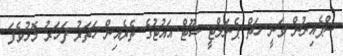
ސްޕެއިނުން ވަނީ ހަތް ޕެނަލްޓީ ޝޫޓް އައުޓުގެ ތެރެއިން ހަތަރު ފަހަރު މޮޅުވެފަ